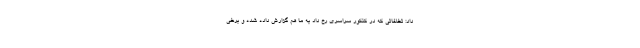
داد: تخلفاتی که در کنکور سراسری رخ داد به ما هم گزارش داده شده و برخی